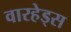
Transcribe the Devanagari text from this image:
वारहेड्स